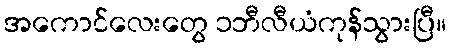
အကောင်လေးတွေ ၁ဘီလီယံကုန်သွားပြီ။